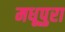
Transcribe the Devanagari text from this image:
मधूपुरा